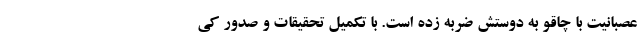
عصبانیت با چاقو به دوستش ضربه زده است. با تکمیل تحقیقات و صدور کی